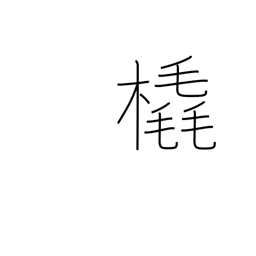
Meaning: sleigh